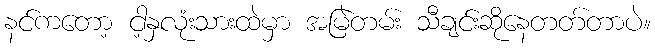
နင်ကတော့ ငါ့နှလုံးသားထဲမှာ အမြဲတမ်း သီချင်းဆိုနေတတ်တာပဲ။